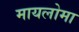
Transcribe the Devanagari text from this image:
मायलोमा